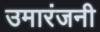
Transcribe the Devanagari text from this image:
उमारंजनी